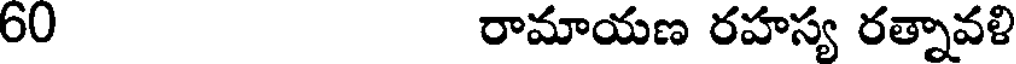
60 రామాయణ రహస్య రత్నావళి